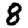
Digit: 8